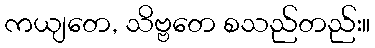
ကယျတေ, သိဗ္ဗတေ စသည်တည်း။